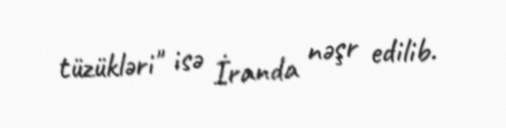
tüzükləri" isə İranda nəşr edilib.